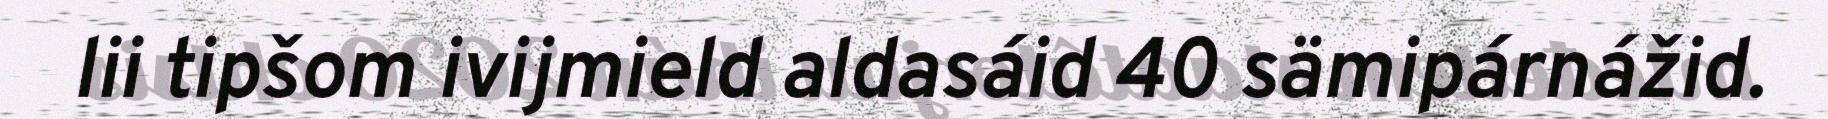
lii tipšom ivijmield aldasáid 40 sämipárnážid.